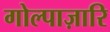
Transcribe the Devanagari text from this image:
गोल्पाज़ारि